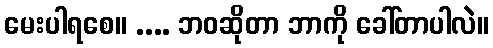
မေးပါရစေ။ .... ဘဝဆိုတာ ဘာကို ခေါ်တာပါလဲ။